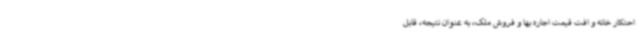
احتکار خانه و افت قیمت اجاره بها و فروش ملک، به عنوان نتیجه، قابل